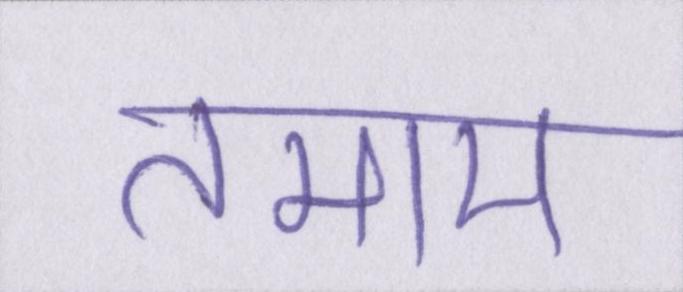
तमाम